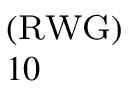
_ { 1 0 } ^ { ( \mathrm { R W G } ) }